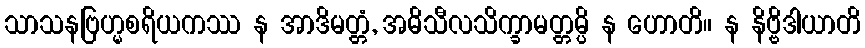
သာသနဗြဟ္မစရိယကဿ န အာဒိမတ္တံ, အဓိသီလသိက္ခာမတ္တမ္ပိ န ဟောတိ။ န နိဗ္ဗိဒါယာတိ